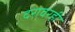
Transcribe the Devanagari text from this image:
दरावरही